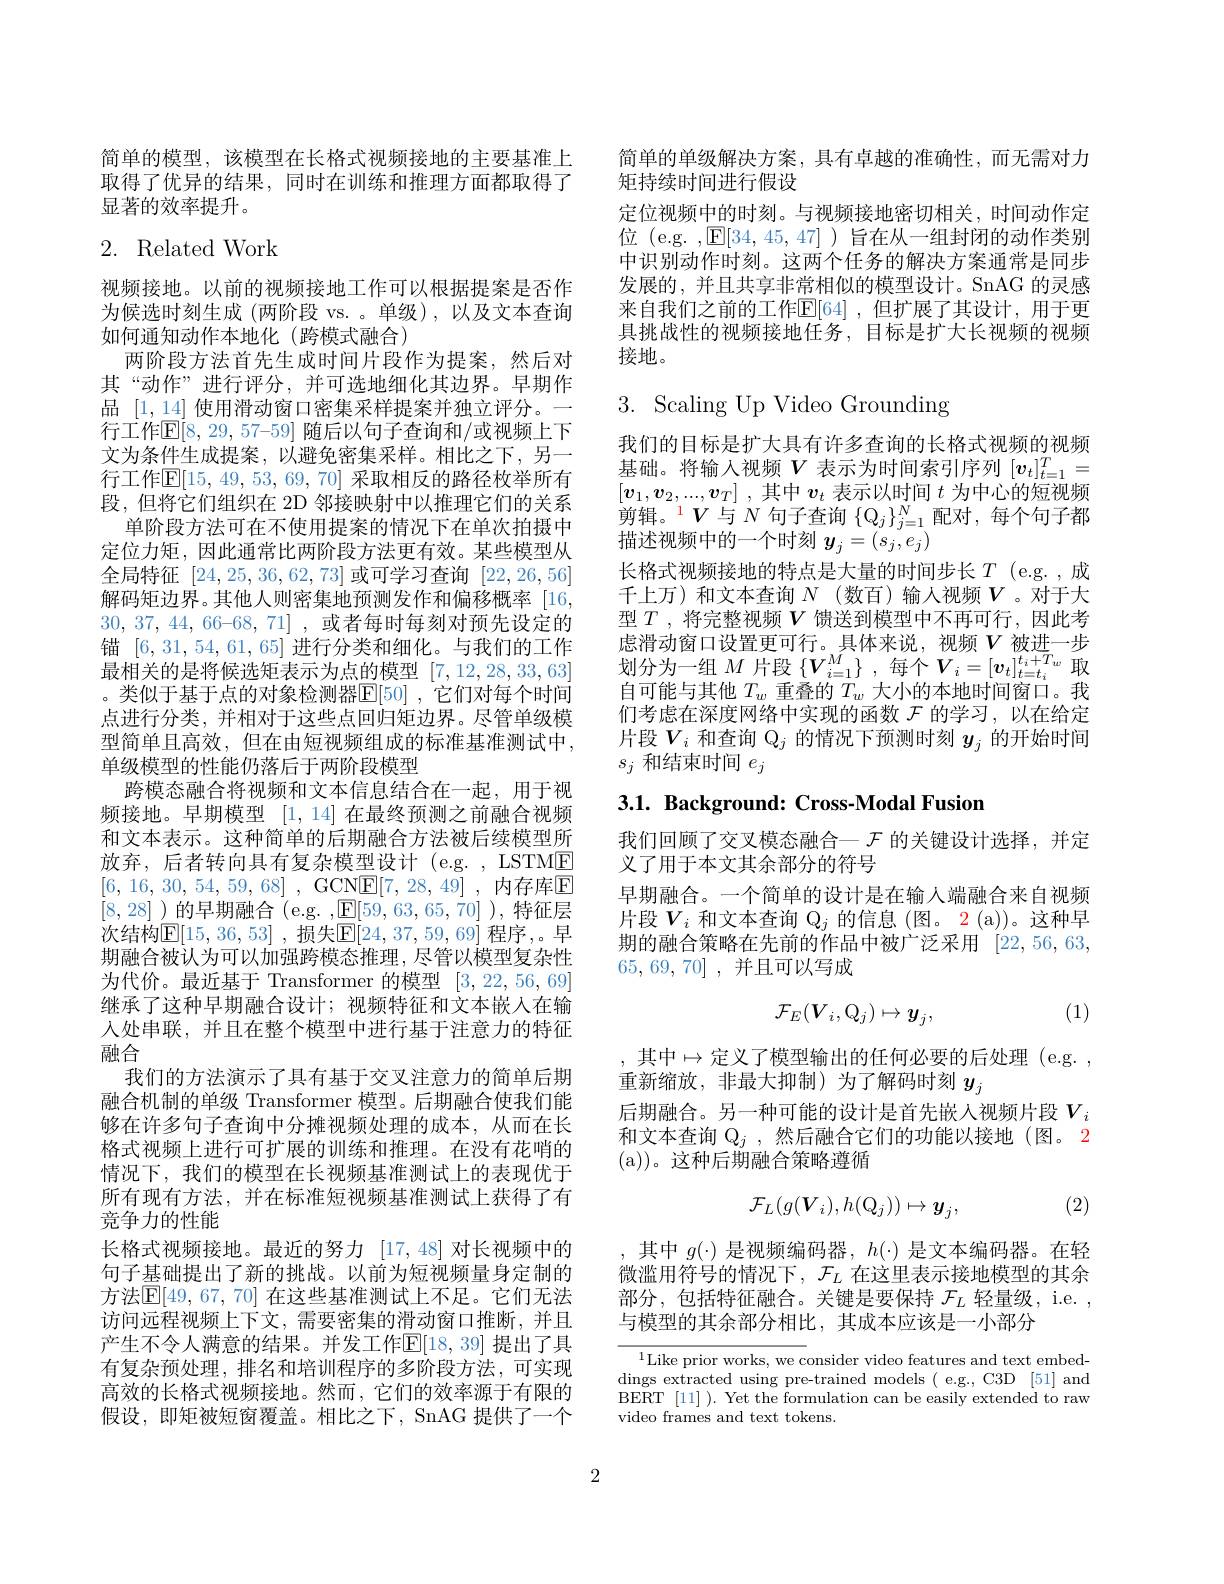
简单的模型，该模型在长格式视频接地的主要基准上取得了优异的结果，同时在训练和推理方面都取得了显著的效率提升。

# 2. Related Work

视频接地。以前的视频接地工作可以根据提案是否作为候选时刻生成 (两阶段 vs. 。单级),以及文本查询如何通知动作本地化(跨模式融合)
两阶段方法首先生成时间片段作为提案，然后对其“动作”进行评分，并可选地细化其边界。早期作品$[1,\underline{14}]$使用滑动窗口密集采样提案并独立评分。一行工作$\mathbb{E}[8,29,57–59]$ 随后以句子查询和/或视频上下文为条件生成提案，以避免密集采样。相比之下，另一行工作$\mathbb{E}[15,49,53,69,70]$ 采取相反的路径枚举所有段，但将它们组织在 2D 邻接映射中以推理它们的关系
单阶段方法可在不使用提案的情况下在单次拍摄中定位力矩，因此通常比两阶段方法更有效。某些模型从全局特征[24,25,36,62,73]或可学习查询[22,26,56] 解码矩边界。其他人则密集地预测发作和偏移概率[16, 30, 37, 44, 66-68, 71] , 或者每时每刻对预先设定的锚[6,31,54,61,65]进行分类和细化。与我们的工作最相关的是将候选矩表示为点的模型[7,12,28,33,63] 。类似于基于点的对象检测器$[\mathbf{E}[50]$,它们对每个时间点进行分类，并相对于这些点回归矩边界。尽管单级模型简单且高效，但在由短视频组成的标准基准测试中， 单级模型的性能仍落后于两阶段模型
跨模态融合将视频和文本信息结合在一起，用于视频接地。早期模型[1,14]在最终预测之前融合视频和文本表示。这种简单的后期融合方法被后续模型所放弃，后者转向具有复杂模型设计(e.g.,LSTME [6,16,30,54,59,68] , GCN$\underline {\mathbf{E} }[ 7, 28, 49]$ , 内存库$\underline{\mathbf{E}}$ [8,28] )的早期融合 (e.g. $,\mathbb{E}[59,63,65,70]$ ),特征层次结构$\mathbb{E}[15,36,53]$ ,损失$\mathbb{E}[24,37,59,69]$ 程序，。早期融合被认为可以加强跨模态推理，尽管以模型复杂性为代价。最近基于 Transformer 的模型[3,22,56,69] 继承了这种早期融合设计；视频特征和文本嵌入在输人处串联，并且在整个模型中进行基于注意力的特征融合
我们的方法演示了具有基于交叉注意力的简单后期融合机制的单级 Transformer 模型。后期融合使我们能够在许多句子查询中分摊视频处理的成本，从而在长格式视频上进行可扩展的训练和推理。在没有花哨的情况下，我们的模型在长视频基准测试上的表现优于所有现有方法，并在标准短视频基准测试上获得了有竞争力的性能
长格式视频接地。最近的努力[17,48]对长视频中的句子基础提出了新的挑战。以前为短视频量身定制的方法$\mathbb{E}[49,67,70]$ 在这些基准测试上不足。它们无法访问远程视频上下文，需要密集的滑动窗口推断，并且产生不令人满意的结果。并发工作$\mathbb{E}[18,39]$ 提出了具有复杂预处理，排名和培训程序的多阶段方法，可实现高效的长格式视频接地。然而，它们的效率源于有限的假设，即矩被短窗覆盖。相比之下，SnAG 提供了一个

简单的单级解决方案，具有卓越的准确性，而无需对力
矩持续时间进行假设
定位视频中的时刻。与视频接地密切相关，时间动作定位 (e.g. ,E[34,45,47] )旨在从一组封闭的动作类别中识别动作时刻。这两个任务的解决方案通常是同步发展的，并且共享非常相似的模型设计。SnAG 的灵感来自我们之前的工作$\mathbb{E}[64]$ ,但扩展了其设计，用于更具挑战性的视频接地任务，目标是扩大长视频的视频接地。

# 3. Scaling Up Video Grounding

我们的目标是扩大具有许多查询的长格式视频的视频基础。将输入视频$V$表示为时间索引序列$[v_t]_{t=1}^T=$ $[ \boldsymbol{v}_1, \boldsymbol{v}_2, . . . , \boldsymbol{v}_T]$ ,其中$\boldsymbol v_t$表示以时间$t$为中心的短视频剪辑。$^{1}V$与$N$句子查询$\{\mathbb{Q}_j\}_j=1^N$配对，每个句子都描述视频中的一个时刻$y_j=(s_j,e_j)$
长格式视频接地的特点是大量的时间步长$T$(e.g.,成千上万)和文本查询 $N$ (数百)输人视频$V$。对于大型$T$ ,将完整视频$V$馈送到模型中不再可行，因此考虑滑动窗口设置更可行。具体来说，视频$V$被进一步划分为一组$M$ 片段 $\{V_i=1^{M}\}$,每个$V_i=[\boldsymbol v_t]_{t=t_i}^{t_i+T_w}$取自可能与其他$T_w$重叠的$T_w$大小的本地时间窗口。我们考虑在深度网络中实现的函数$\mathcal{F}$的学习，以在给定片段$V_i$和查询$\mathbb{Q}_j$的情况下预测时刻$y_j$的开始时间$s_j$和结束时间$e_j$

3.1. Background: Cross-Modal Fusion

我们回顾了交叉模态融合一$\mathcal{F}$的关键设计选择，并定
义了用于本文其余部分的符号
早期融合。一个简单的设计是在输人端融合来自视频片段$V_i$和文本查询$\mathbb{Q}_j$的信息 (图。2 (a))。这种早期的融合策略在先前的作品中被广泛采用[22,56,63, 65,69,70] ,并且可以写成

(1)
$$\mathcal{F}_E(V_i,Q_j)\mapsto\boldsymbol{y}_j,$$
, 其中$\mapsto$定义了模型输出的任何必要的后处理(e.g.,
重新缩放，非最大抑制)为了解码时刻$y_j$
后期融合。另一种可能的设计是首先嵌人视频片段$V_i$ 和文本查询$\mathbb{Q}_j$ ,然后融合它们的功能以接地 (图。2 (a))。这种后期融合策略遵循

(2)
$$\mathcal{F}_L(g(\boldsymbol{V}_i),h(\boldsymbol{Q}_j))\mapsto\boldsymbol{y}_j,$$
其中$g(\cdot)$是视频编码器，$h(\cdot)$是文本编码器。在轻微滥用符号的情况下，$\mathcal{F}_L$在这里表示接地模型的其余部分，包括特征融合。关键是要保持$\mathcal{F}_L$轻量级，i.e. , 与模型的其余部分相比，其成本应该是一小部分

$^{1}$Like prior works, we consider video features and text embeddings extracted using pre-trained models ( e.g., C3D [51] and BERT [11] ). Yet the formulation can be easily extended to raw video frames and text tokens.

2